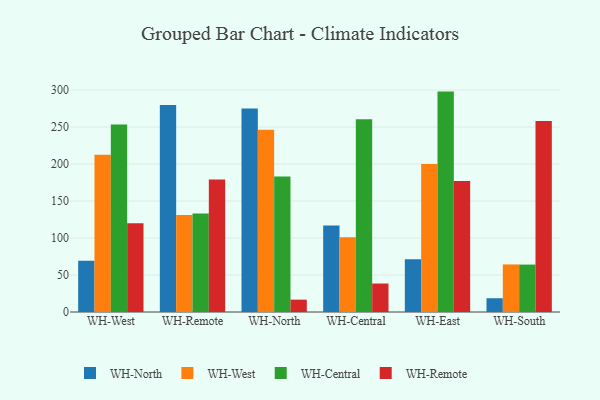
{"axis": {"x": "Warehouse", "y": "Population (Million)"}, "legend": ["WH-Central", "WH-North", "WH-Remote", "WH-West"], "data": [{"x": "WH-West", "y": 69.3, "type": "WH-North"}, {"x": "WH-West", "y": 212.6, "type": "WH-West"}, {"x": "WH-West", "y": 253.3, "type": "WH-Central"}, {"x": "WH-West", "y": 120.1, "type": "WH-Remote"}, {"x": "WH-Remote", "y": 279.9, "type": "WH-North"}, {"x": "WH-Remote", "y": 131.0, "type": "WH-West"}, {"x": "WH-Remote", "y": 133.2, "type": "WH-Central"}, {"x": "WH-Remote", "y": 179.1, "type": "WH-Remote"}, {"x": "WH-North", "y": 274.9, "type": "WH-North"}, {"x": "WH-North", "y": 246.2, "type": "WH-West"}, {"x": "WH-North", "y": 183.0, "type": "WH-Central"}, {"x": "WH-North", "y": 16.7, "type": "WH-Remote"}, {"x": "WH-Central", "y": 117.0, "type": "WH-North"}, {"x": "WH-Central", "y": 101.0, "type": "WH-West"}, {"x": "WH-Central", "y": 260.6, "type": "WH-Central"}, {"x": "WH-Central", "y": 38.5, "type": "WH-Remote"}, {"x": "WH-East", "y": 71.3, "type": "WH-North"}, {"x": "WH-East", "y": 200.2, "type": "WH-West"}, {"x": "WH-East", "y": 297.9, "type": "WH-Central"}, {"x": "WH-East", "y": 177.0, "type": "WH-Remote"}, {"x": "WH-South", "y": 18.6, "type": "WH-North"}, {"x": "WH-South", "y": 64.3, "type": "WH-West"}, {"x": "WH-South", "y": 64.1, "type": "WH-Central"}, {"x": "WH-South", "y": 258.1, "type": "WH-Remote"}]}